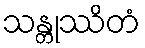
သန္တုဿိတံ